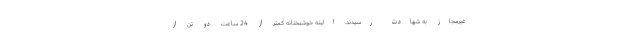
غیرمجاز به شهادت رسیدند. البته خوشبختانه کمتر از 24 ساعت دو تن از